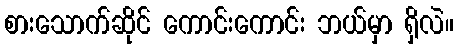
စားသောက်ဆိုင် ကောင်းကောင်း ဘယ်မှာ ရှိလဲ။